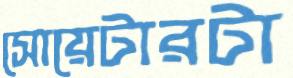
সোয়েটারটা